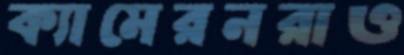
ক্যামেরনরাও